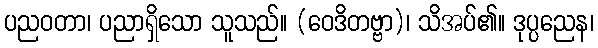
ပညဝတာ၊ ပညာရှိသော သူသည်။ (ဝေဒိတဗ္ဗာ)၊ သိအပ်၏။ ဒုပ္ပညေန၊